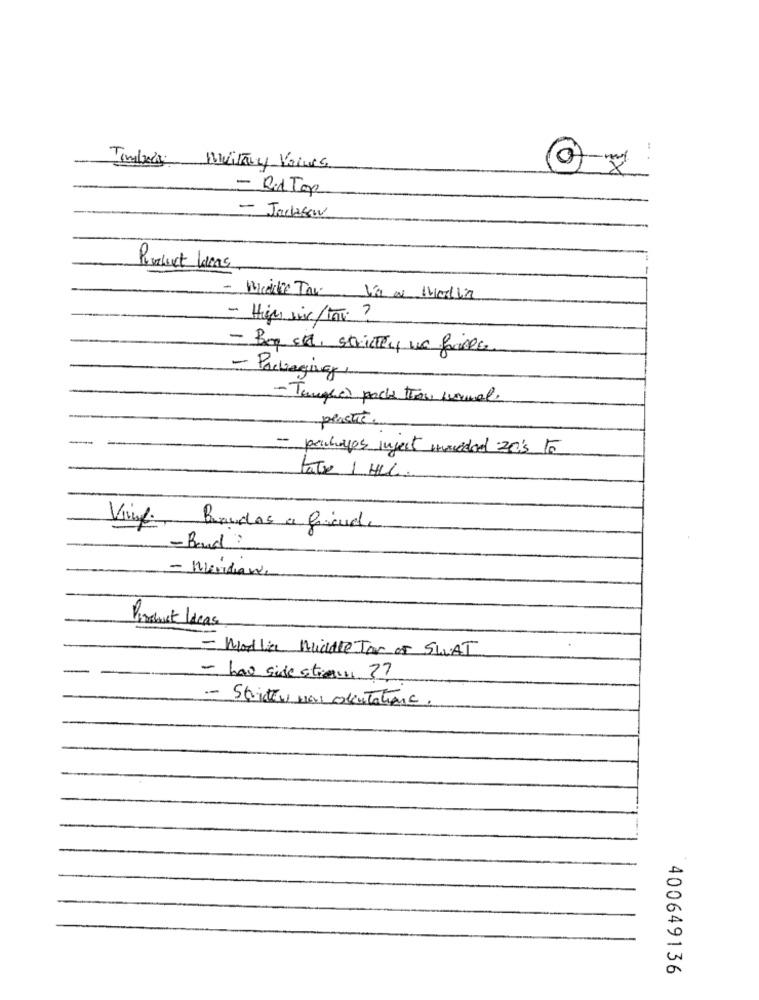
Timbera military Vaines
- Rid Top
- Jackson
Product lacas
Vía a Mallia
- High sie/toe ?
- Bog sie, strictly we frames
- Packaging
- Tangler podle than normal.
plastic
- panchoups inject muvidad 20's 15
Fate 1 HLL:
Ving, Brandos a friend.
-Band?
- Meridaw.
Product lacas
- Modlit Buddle Tar of SWAT
-
- hav side strach ??
- Stritten von obenTations .
400649136